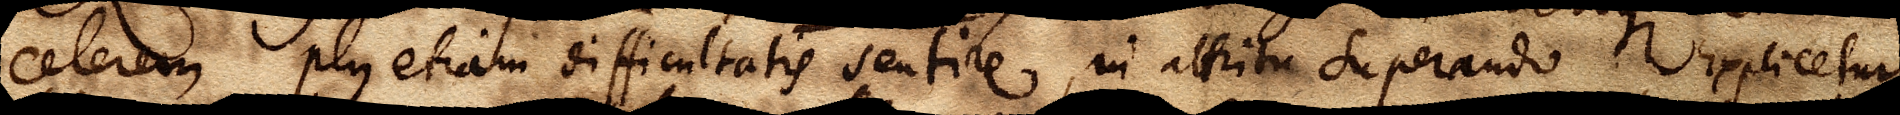
celerem plus etiam difficultatis sentire, in attritu superando. Explicetur